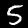
Label: 5